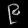
Digit: ၉